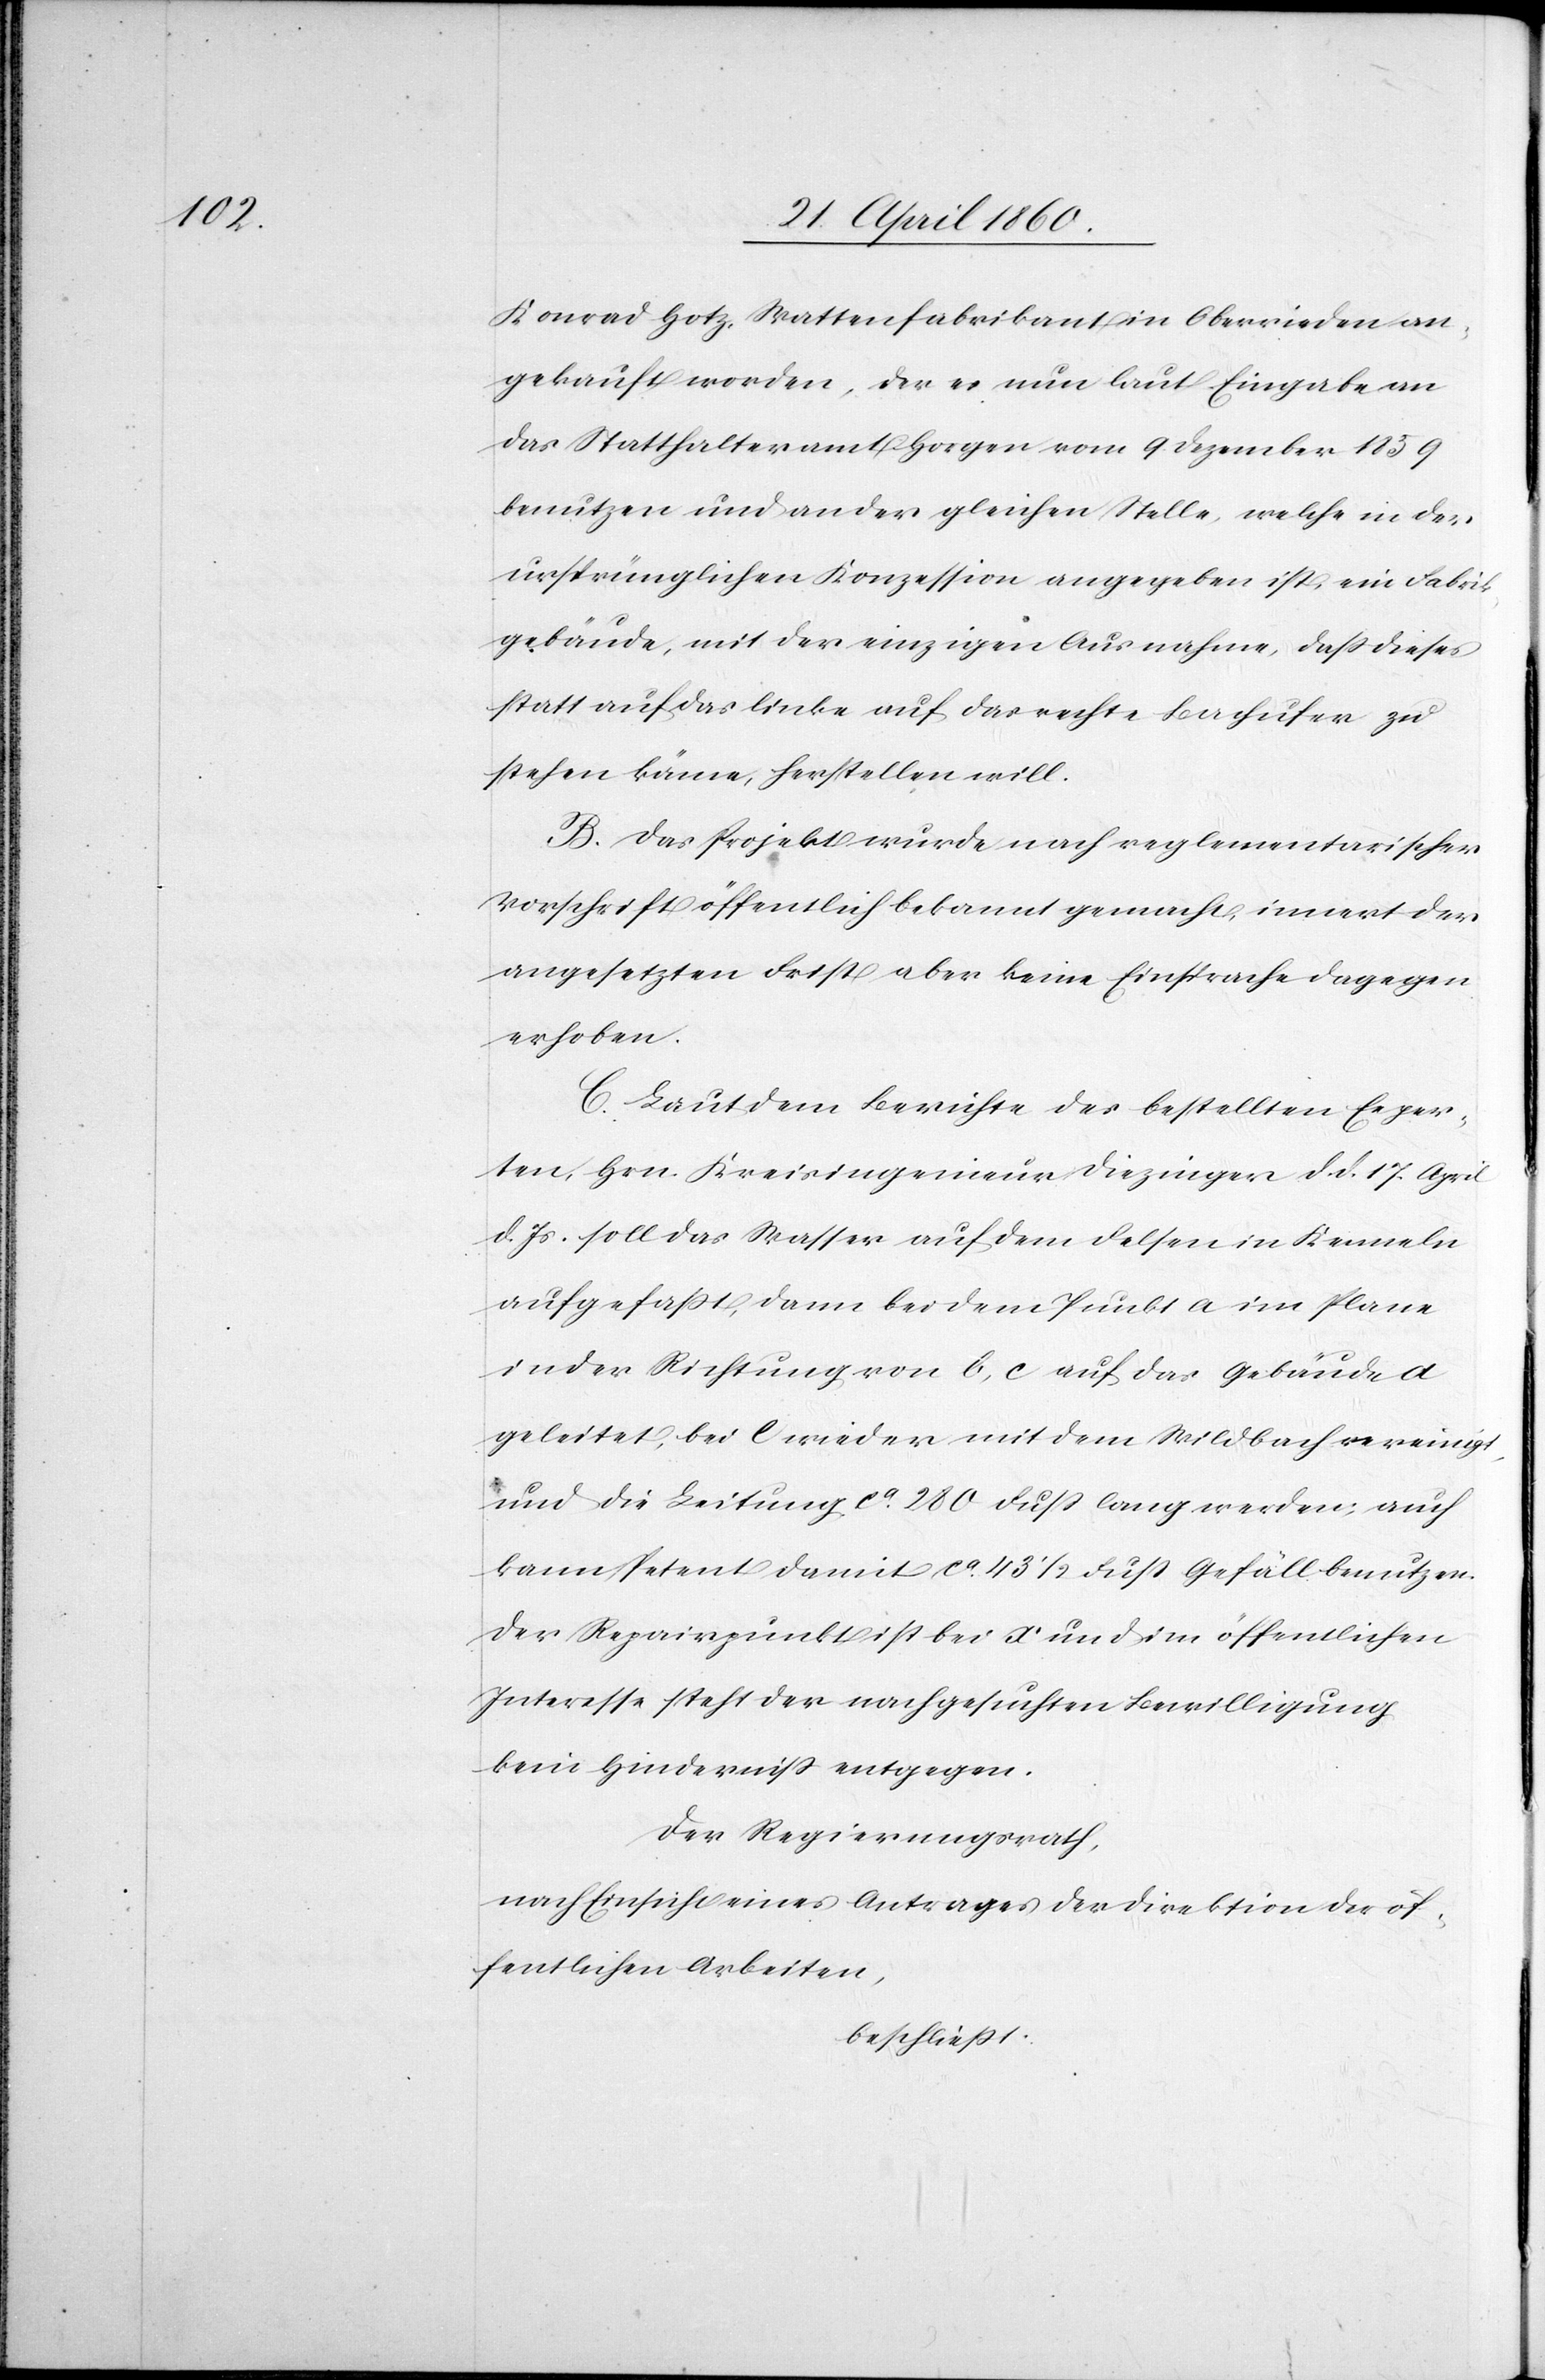
Konrad Hotz, Wattenfabrikant in Oberrieden an¬
gekauft worden, der es nun laut Eingabe an
das Statthalteramt Horgen vom 9. Dezember 1859
benutzen und an der gleichen Stelle, welche in der
ursprünglichen Konzession angegeben ist, ein Fabrik¬
gebäude, mit der einzigen Ausnahme, dass dieses
statt auf das linke auf das rechte Bachufer zu
stehen käme, herstellen will.
B. Das Projekt wurde nach reglementarischer
Vorschrift öffentlich bekannt gemacht, innert der
angesetzten Frist aber keine Einsprache dagegen
erhoben.
C. Laut dem Berichte des bestellten Exper¬
ten, Hrn. Kreisingenieur Diezinger d. d. 17. April
d. Js. soll das Wasser auf dem Felsen in Kenneln
aufgefasst, dann bei dem Punkt a im Plane
in der Richtung von b, c auf das Gebäude
geleitet, bei e wieder mit dem Wildbach vereinigt,
und die Leitung ca 280 Fuss lang werden; auch
kann Petent damit ca 43 1/2 Fuss Gefäll benutzen.
Das Repairpunkt ist bei x und im öffentlichen
Interesse steht der nachgesuchten Bewilligung
kein Hinderniss entgegen.
Der Regierungsrath,
nach Einsicht eines Antrages der Direktion der öf¬
fentlichen Arbeiten,
beschliesst: